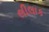
લીલાક